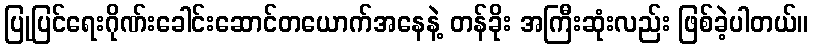
ပြုပြင်ရေးဂိုဏ်းခေါင်းဆောင်တယောက်အနေနဲ့ တန်ခိုး အကြီးဆုံးလည်း ဖြစ်ခဲ့ပါတယ်။